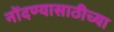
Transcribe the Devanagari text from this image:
नोंदण्यासाठीच्या